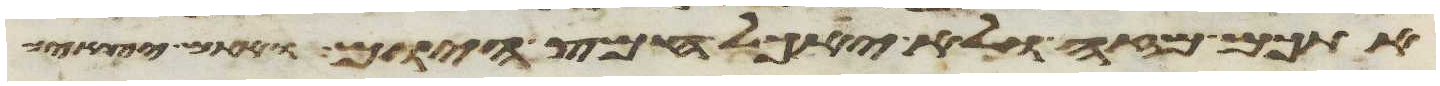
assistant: אתכם מזה ולא יאכל חמץ היום ואתם יוצאים